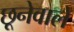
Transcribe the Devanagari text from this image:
छूनेवाले